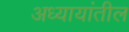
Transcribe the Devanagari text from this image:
अध्यायांतील